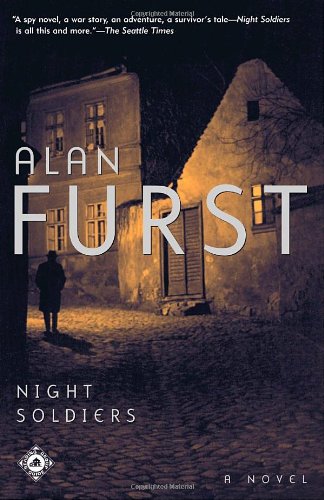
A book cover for Night Soldiers: A Novel; Alan Furst; Literature & Fiction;